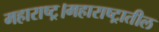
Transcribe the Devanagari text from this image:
महाराष्ट्र।महाराष्ट्रातील